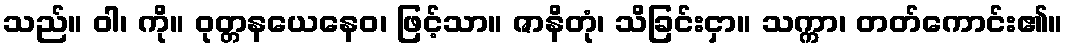
သည်။ ဝါ၊ ကို။ ဝုတ္တနယေနေဝ၊ ဖြင့်သာ။ ဇာနိတုံ၊ သိခြင်းငှာ။ သက္ကာ၊ တတ်ကောင်း၏။